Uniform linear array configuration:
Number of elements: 12
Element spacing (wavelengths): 1
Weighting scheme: cosine
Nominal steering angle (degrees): -30
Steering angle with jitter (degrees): -31.986
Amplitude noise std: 0.05
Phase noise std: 0.05

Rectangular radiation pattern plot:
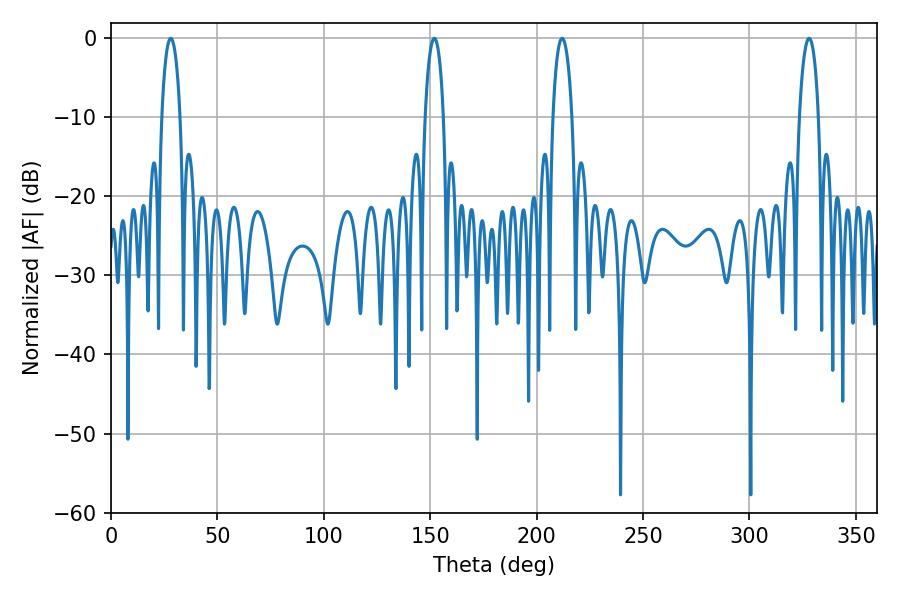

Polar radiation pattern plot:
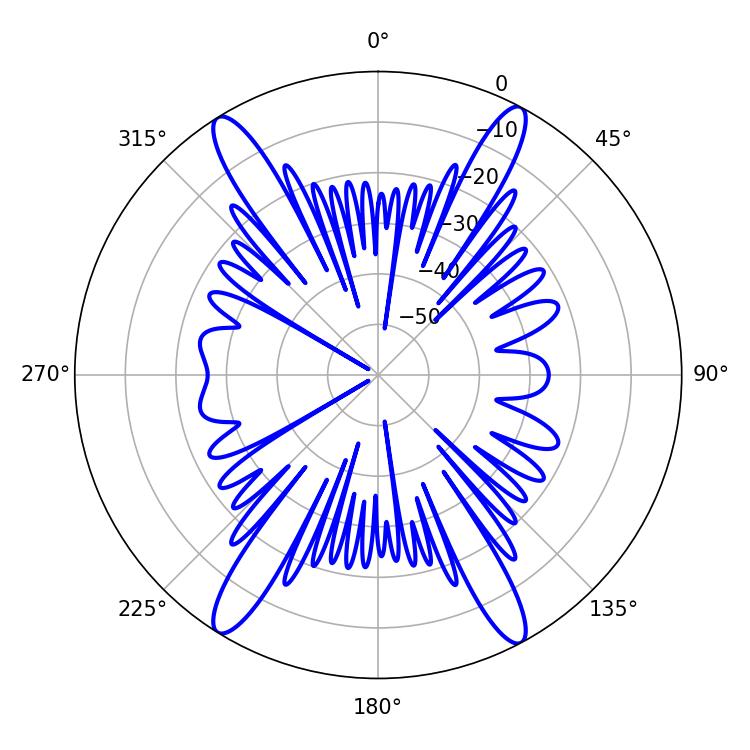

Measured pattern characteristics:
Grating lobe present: TRUE
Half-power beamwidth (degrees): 5.04
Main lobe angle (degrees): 28.08